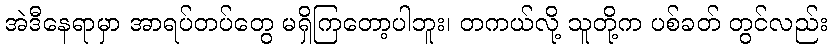
အဲဒီနေရာမှာ အာရပ်တပ်တွေ မရှိကြတော့ပါဘူး၊ တကယ်လို့ သူတို့က ပစ်ခတ် တွင်လည်း